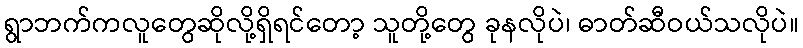
ရွာဘက်ကလူတွေဆိုလို့ရှိရင်တော့ သူတို့တွေ ခုနလိုပဲ၊ ဓာတ်ဆီဝယ်သလိုပဲ။